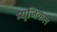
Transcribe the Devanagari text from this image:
म्यूजिकॅल